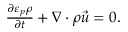
\begin{array} { r } { \frac { \partial \varepsilon _ { p } \rho } { \partial t } + \nabla \cdot \rho \vec { u } = 0 . } \end{array}